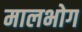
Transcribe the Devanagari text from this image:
मालभोग